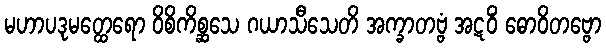
မဟာပဒုမတ္ထေရော ဝိစိကိစ္ဆသေ ဂယာသီသေတိ အက္ခာတဗ္ဗံ အဋဝိံ ဓောဝိတဗ္ဗော